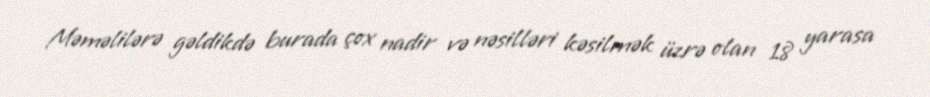
Məməlilərə gəldikdə burada çox nadir və nəsilləri kəsilmək üzrə olan 18 yarasa